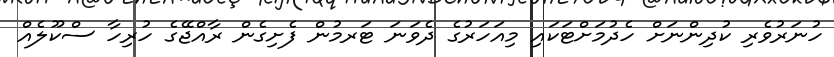
ހުނަރުވެރި ކުދިންނަށް ހެދުމަށްޓަކައި މިއަހަރުގެ ދެވަނަ ޓަރމުން ފެށިގެން ރާއްޖޭގެ ހުރިހާ ސްކޫލެއް